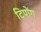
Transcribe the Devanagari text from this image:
टिपोंग